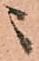
ニ